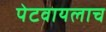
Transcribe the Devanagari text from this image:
पेटवायलाच